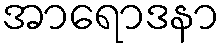
အာရောဒနာ